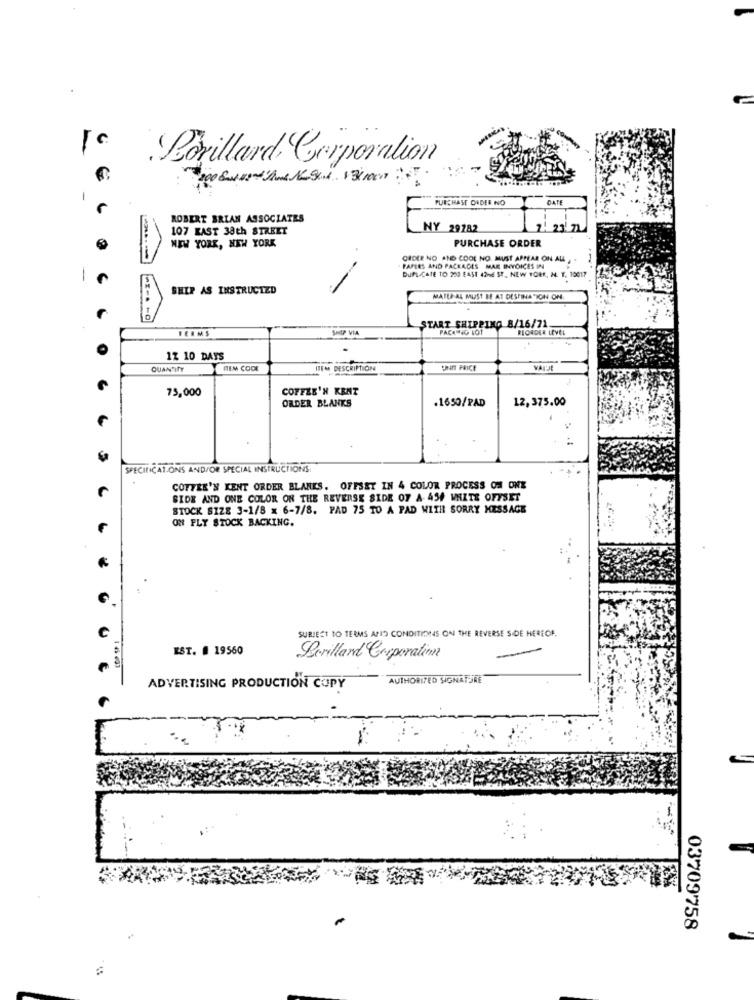
Lorillard Corporation
PURCHASE ORDER NO
DATE
ROBERT BRIAN ASSOCIATES
107 KAST 38th STREET
NY 29282
PURCHASE ORDER
NEW YORK, NEW YORK
ORDER NO AND CODE NO. MUST APPEAR ON AL .
PAPERS AND PACKAGES MAR INVOICES IN
DUPLICATE TO 200 EAST 43-d ST ., NEW YORK, N. T. 10017
SHIP AS INSTRUCTED
MAILS AL MUST BE AT DESTINATION ON
TERMS
SHIP VIA
START SHIPPING 8/16/71.
PARKING LOT
REORDER LEVEL
12 10 DAYS
QUANTITY
HEM CODE
ITEM DESCRIPTION
UNIT PRICE
VARJE
75,000
COFFEE'N KRAT
ORDER BLANKS
.1650/PAD
12,375.00
SPECIFICATIONS AND/OR SPECIAL INSTRUCTIONS:
COFFEE'N KENT ORDER BLANES. OFFSET IN 4 COLOR PROCESS OH ONE
SIDE AND ONE COLOR ON THE REVERSE SIDE 07 A- 454 WHITE OFFSET
STOCK SIZE 3-1/8 x 6-7/8. PAD 75 TO A PAD WITH SORRY MESSAGE
ON PLY STOCK BACKING.
SUBJECT TO TERMS APIS CONDITIONS ON THE REVERSE SIDE HERECF.
EST. # 19560
Berilland Corporation
AUTHORIZED SIGNATURE
ADVERTISING PRODUCTION COPY
03709758